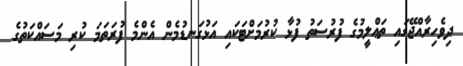
ދިވެހިރާއްޖޭގައި ތަޢްލީމުގެ ފުރުސަތު ފުޅާ ކުރުމަށްޓަކައި އަޅުގަނޑުމެން އެންމެ ފުރަތަމަ ކުރި މަސައްކަތުގެ